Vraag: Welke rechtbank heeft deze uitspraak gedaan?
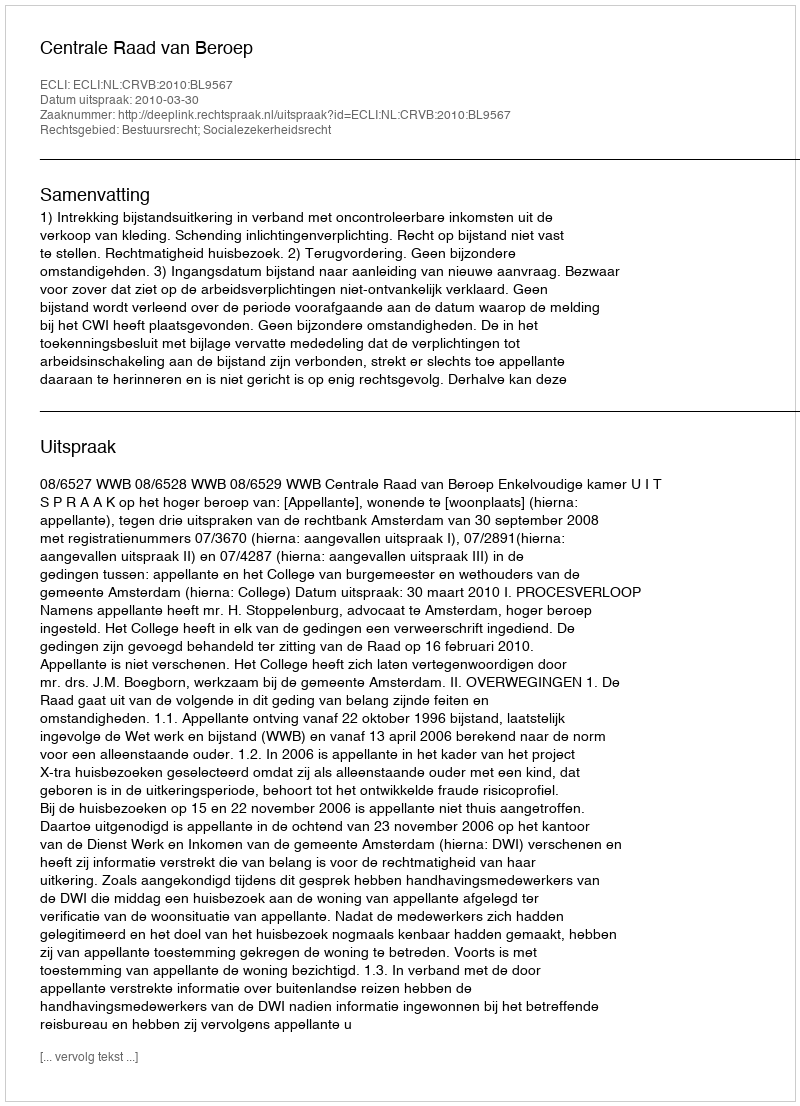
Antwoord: Centrale Raad van Beroep